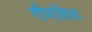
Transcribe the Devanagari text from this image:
गौणशिला